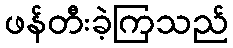
ဖန်တီးခဲ့ကြသည်